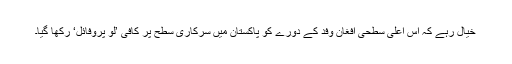
خیال رہے کہ اس اعلیٰ سطحی افغان وفد کے دورے کو پاکستان میں سرکاری سطح پر کافی ’لو پروفائل‘ رکھا گیا۔